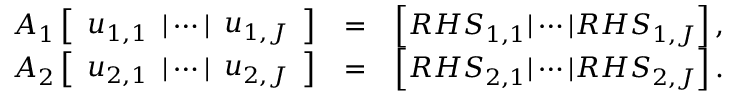
\begin{array} { r l r } { A _ { 1 } \left[ \begin{array} { l l l } { { u } _ { 1 , 1 } } \end{array} | \cdots | \begin{array} { l } { { u } _ { 1 , J } } \end{array} \right] } & { = } & { \left[ R H S _ { 1 , 1 } | \cdots | R H S _ { 1 , J } \right] , } \\ { A _ { 2 } \left[ \begin{array} { l l l } { { u } _ { 2 , 1 } } \end{array} | \cdots | \begin{array} { l } { { u } _ { 2 , J } } \end{array} \right] } & { = } & { \left[ R H S _ { 2 , 1 } | \cdots | R H S _ { 2 , J } \right] . } \end{array}